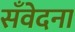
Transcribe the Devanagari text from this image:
सँवेदना